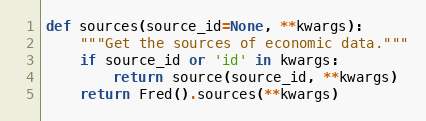
Language: Python
def sources(source_id=None, **kwargs):
    """Get the sources of economic data."""
    if source_id or 'id' in kwargs:
        return source(source_id, **kwargs)
    return Fred().sources(**kwargs)